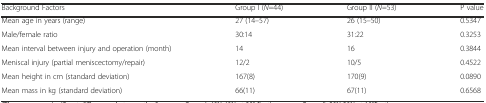
<table><thead><tr><td><b>Background Factors</b></td><td><b>Group I (<i>N</i>=44)</b></td><td><b>Group II (<i>N</i>=53)</b></td><td><b>P value</b></td></tr></thead><tbody><tr><td>Mean age in years (range)</td><td>27 (14–57)</td><td>26 (15–50)</td><td>0.5347</td></tr><tr><td>Male/female ratio</td><td>30:14</td><td>31:22</td><td>0.3253</td></tr><tr><td>Mean interval between injury and operation (month)</td><td>14</td><td>16</td><td>0.3844</td></tr><tr><td>Meniscal injury (partial meniscectomy/repair)</td><td>12/2</td><td>10/5</td><td>0.4522</td></tr><tr><td>Mean height in cm (standard deviation)</td><td>167(8)</td><td>170(9)</td><td>0.0890</td></tr><tr><td>Mean mass in kg (standard deviation)</td><td>66(11)</td><td>67(11)</td><td>0.6568</td></tr></tbody></table>